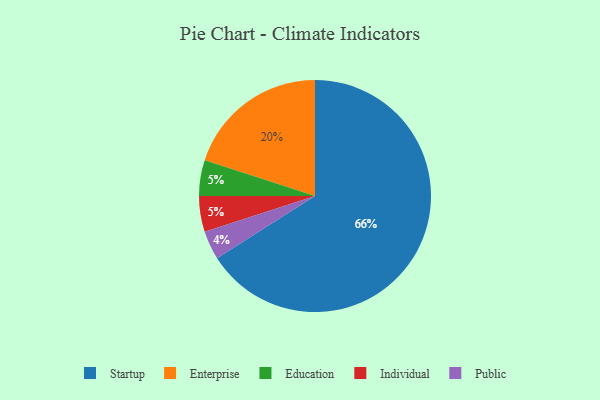
{"axis": {"x": "Category", "y": "Percentage"}, "legend": ["Education", "Enterprise", "Individual", "Public", "Startup"], "data": [{"x": "Startup", "y": 66, "type": "Startup"}, {"x": "Enterprise", "y": 20, "type": "Enterprise"}, {"x": "Education", "y": 5, "type": "Education"}, {"x": "Individual", "y": 5, "type": "Individual"}, {"x": "Public", "y": 4, "type": "Public"}]}